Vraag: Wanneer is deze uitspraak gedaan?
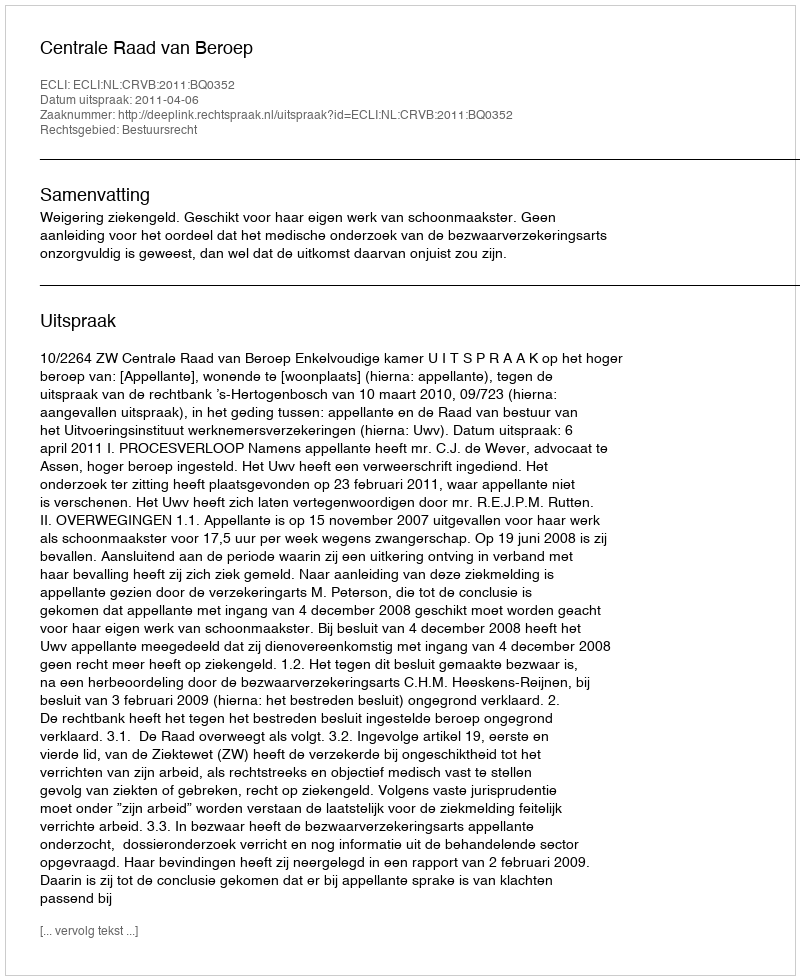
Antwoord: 2011-04-06